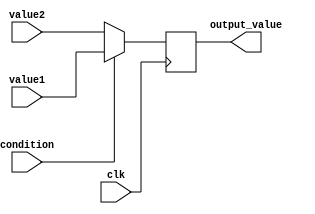
module ConditionalOperatorAssignment (
    input wire clk,          // Clock signal for synchronous operation
    input wire condition,    // Condition input (boolean)
    input wire [7:0] value1, // First value to assign if condition is true
    input wire [7:0] value2, // Second value to assign if condition is false
    output reg [7:0] output_value // Output that reflects the result of the conditional evaluation
);

// Always block triggered on the rising edge of the clock
always @(posedge clk) begin
    // Conditional assignment using the ternary operator
    output_value <= (condition) ? value1 : value2;
end

endmodule